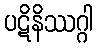
ပဋိနိဿဂ္ဂါ